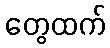
တွေထက်